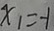
x _ { 1 } = - 1